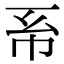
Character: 𢁴